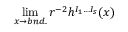
\operatorname * { l i m } _ { x \to b n d . } r ^ { - 2 } h ^ { I _ { 1 } \ldots I _ { s } } ( x )